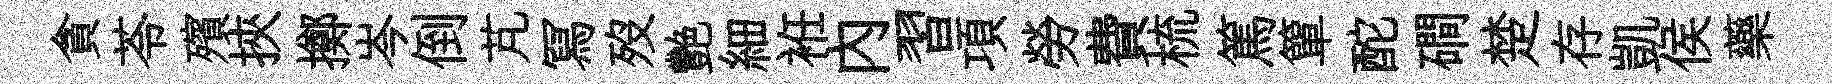
貪苓殯挾擲岑倒芃冩歿艷細袵内習項勞費梳篤簞酡磵楚存凱侯藥